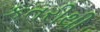
કતરીથી